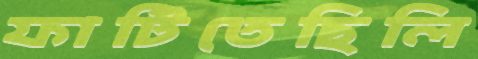
ফাটিতেছিলি